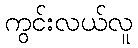
ကွင်းလယ်လူ